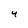
Character: 4